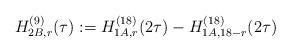
LaTeX: \begin{align*}H^{(9)}_{2B,r}(\tau):=H^{(18)}_{1A,r}(2\tau)-H^{(18)}_{1A,18-r}(2\tau)\end{align*}